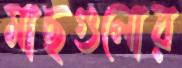
মাছগুলোর